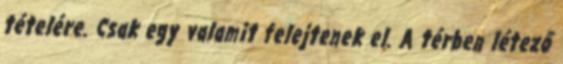
tételére. Csak egy valamit felejtenek el. A térben létező